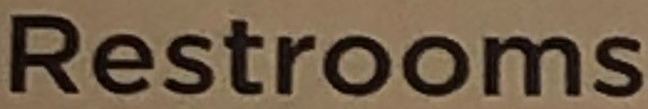
Restrooms